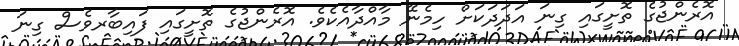
އޮރެންޖުގެ ތޮށީގައި ގިނަ އަދަދަކަށް ހިމެނޭ މާއްދާއެކެވެ. އޮރެންޖުގެ ތޮށީގައި ފައިބާރވެސް ގިނަ